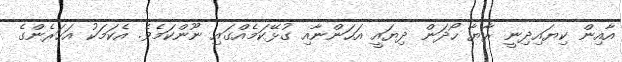
އާއިން ކިޔައިދިނީ ރާޔާ ހޯދަން ދިޔައީ އަހަންނާއި ގުޅޭކަމެއްގައި ނޫންކަމެވެ. އެކަމަކު އަހަރެންގެ